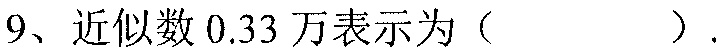
9、近似数\(0.33\)万表示为（  ）.